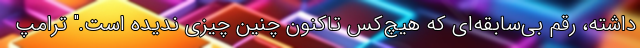
داشته، رقم بی‌سابقه‌ای که هیچ‌کس تاکنون چنین چیزی ندیده است." ترامپ